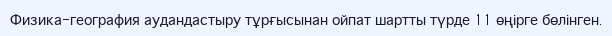
Физика-география аудандастыру тұрғысынан ойпат шартты түрде 11 өңірге бөлінген.